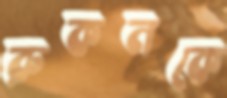
রুকনকে